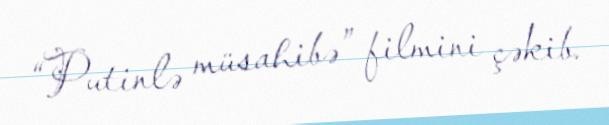
“Putinlə müsahibə” filmini çəkib.